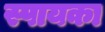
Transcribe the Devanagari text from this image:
स्पायका